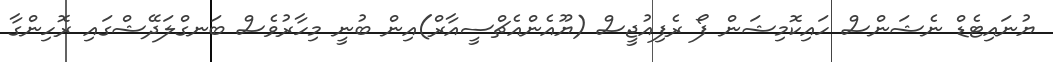
ޔުނައިޓެޑް ނެޝަންސް ހައިކޮމިޝަން ފޯ ރެފިއުޖީސް (ޔޫއެންއެޗްސީއާރް)އިން ބުނީ މިހާރުވެސް ބަނގްލަދޭޝްގައި ރޮހިންގާ